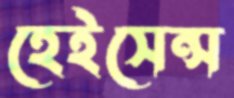
হেইসেন্স